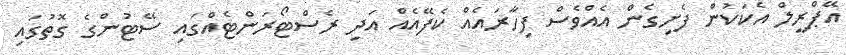
އޭޕްރީލް އެކަކުން ފެށިގެން އެއްވެސް ފިހާރައެއް ކެފޭއެއް އަދި ރެސްޓޯރަންޓެއްގައި ސޭޓުންގެ ގޮތުގައި